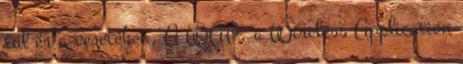
túl ér a vezetéken. A WAP, a Wireless Application